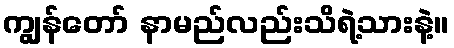
ကျွန်တော် နာမည်လည်းသိရဲ့သားနဲ့။